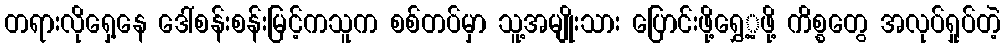
တရားလိုရှေ့နေ ဒေါ်စန်းစန်းမြင့်ကသူက စစ်တပ်မှာ သူ့အမျိုးသား ပြောင်းဖို့ရွှေ့့ဖို့ ကိစ္စတွေ အလုပ်ရှုပ်တဲ့